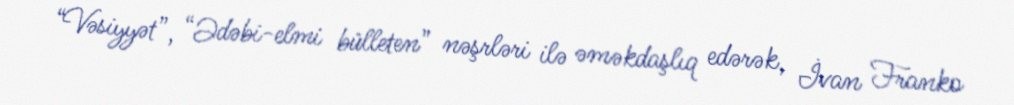
“Vəsiyyət”, “Ədəbi-elmi bülleten” nəşrləri ilə əməkdaşlıq edərək, İvan Franko